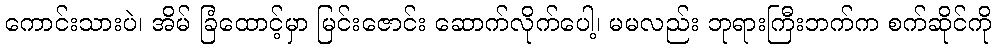
ကောင်းသားပဲ၊ အိမ် ခြံထောင့်မှာ မြင်းဇောင်း ဆောက်လိုက်ပေါ့၊ မမလည်း ဘုရားကြီးဘက်က စက်ဆိုင်ကို